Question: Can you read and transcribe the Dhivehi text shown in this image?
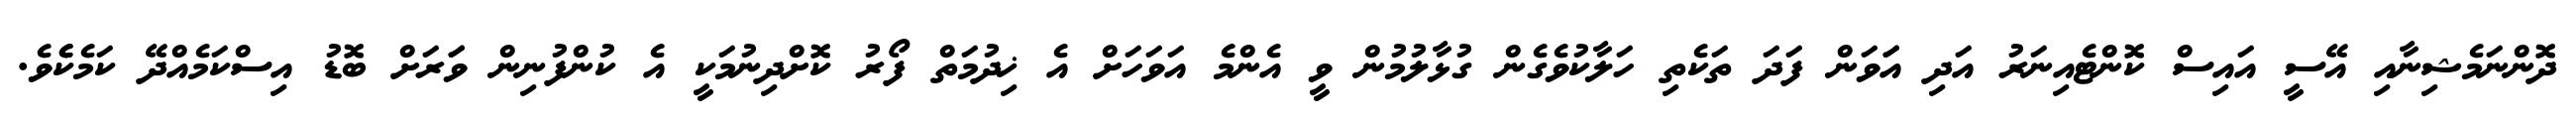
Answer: ދޮންނަމެޝިނާއި އޭސީ އައިސް ކޮންޓެއިނަރު އަދި އަަވަން ފަދަ ތަކެތި ހަލާކުވެގެން ގުޅާލުމުން ވީ އެންމެ އަވަހަށް އެ ޚިދުމަތް ފޯރު ކޮށްދިނުމަކީ އެ ކުންފުނިން ވަަރަށް ބޮޑު އިސްކަމެއްދޭ ކަމެކެެވެ.